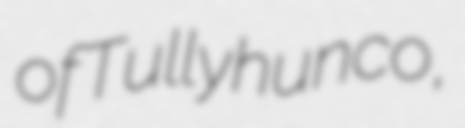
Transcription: of Tullyhunco,